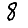
Digit: 8